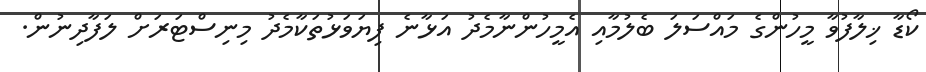
ކޯޑާ ޚިލާފުވާ މީހުންގެ މައްސަލަ ބެލުމާއި އެމީހުންނާމެދު އަޅާނެ ފިޔަވަޅުތަކާމެދު މިނިސްޓަރަށް ލަފާދިނުން.